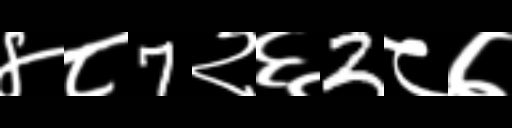
Text: ४८7२६2८७